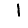
Digit: 1